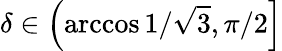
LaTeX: \delta\in\left(\operatorname{arccos}{1/\sqrt{3}},\pi/2\right]